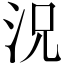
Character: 況